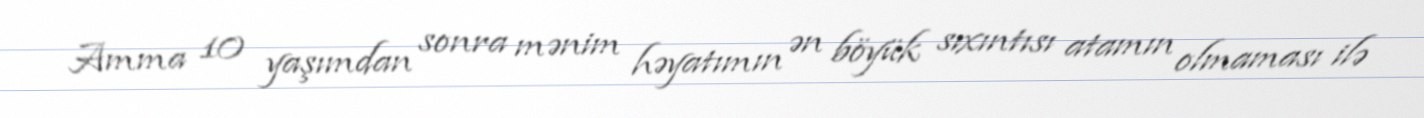
Amma 10 yaşımdan sonra mənim həyatımın ən böyük sıxıntısı atamın olmaması ilə